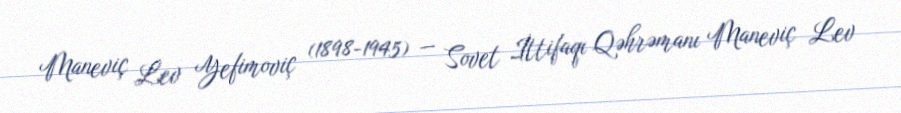
Maneviç Lev Yefimoviç (1898-1945) — Sovet İttifaqı Qəhrəmanı Maneviç Lev